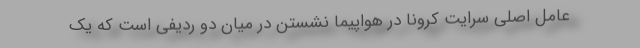
عامل اصلی سرایت کرونا در هواپیما نشستن در میان دو ردیفی است که یک